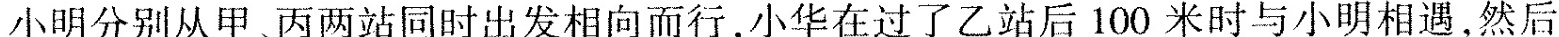
小明分别从甲、丙两站同时出发相向而行，小华在过了乙站后100米时与小明相遇，然后